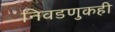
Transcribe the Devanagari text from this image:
निवडणुकही